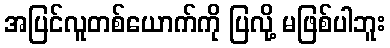
အပြင်လူတစ်ယောက်ကို ပြလို့ မဖြစ်ပါဘူး